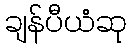
ချန်ပီယံဆု